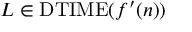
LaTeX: L \in \mathrm { D T I M E } ( f ^ { \prime } ( n ) )